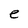
Character: e